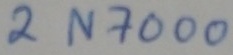
Text: 2N7000